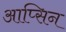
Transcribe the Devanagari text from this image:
आप्सिन